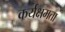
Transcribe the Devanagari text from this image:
कर्यक्षमता